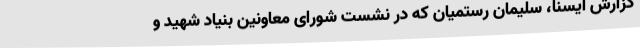
گزارش ایسنا، سلیمان رستمیان که در نشست شورای معاونین بنیاد شهید و